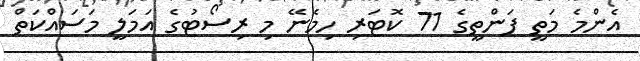
އެންމެ މަތީ ފަންތީގެ 71 ކޮޓަރި ހިމެނޭ މި ރިސޯޓުގެ އަމަލީ މަސައްކަތް